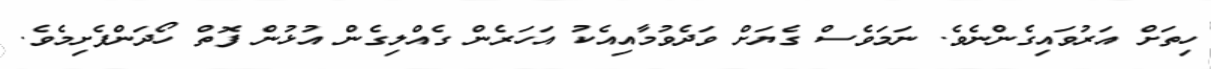
ހިތަށް އަރުވައިގެންނެވެ. ނަމަވެސް ގެޔަށް ވަދެވުމާއިއެކު އަހަރެން ގެއްލިގެން އުޅުން ފޮތް ހޯދަންފެށިމެވެ.